Civil Veterinary Department. United Provinces 1923-31 - 1923-1931
Year: 1923
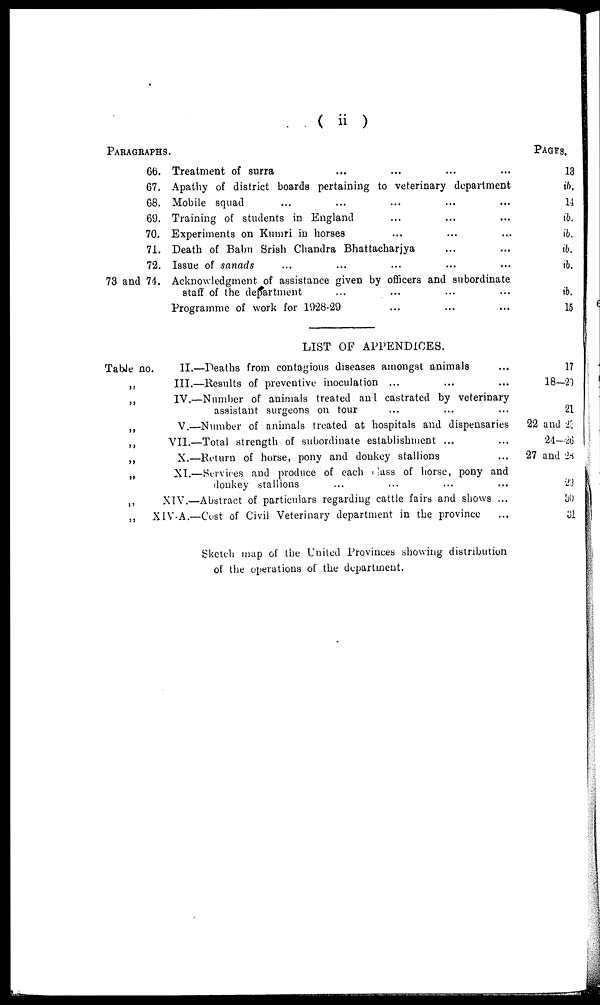
( ii )
PARAGRAPHS.
66.
67.
68.
69.
70.
71.
72.
73 and 74.
Treatment of surra
Apathy of district boards pertaining to veterinary department
Mobile squad
Training of students in England
Experiments on Kumri in horses
Death of Babu Srish Chandra Bhattacharjya
Issue of sanads
Acknowledgment of assistance given by officers and subordinate
staff of the department
Programme of work for 1928-29
Pages,
13
t/>.
14
ib.
ib.
ib.
ib.
ib.
15
LIST OF APPENDICES.
Table no.
„
„
II.—Deaths from contagious diseases amongst animals
III.—Results of preventive inoculation ...
IV.—Number of animals treated anl castrated by veterinary
assistant surgeons on tour
V.—Number of animals treated at hospitals and dispensaries
VII.—Total strength of subordinate establishment ...
X.—Return of horse, pony and donkey stallions
XI.—Services and produce of each class of horse, pony and
donkey stallions
XIV.—Abstract of particulars regarding cattle fairs and shows ...
XIV-A.—Cost of Civil Veterinary department in the province
17
18-20
21
22 and 23
24—26
27 and 28
29
30
31
Sketch map of the United Provinces showing distribution
of the operations of the department.